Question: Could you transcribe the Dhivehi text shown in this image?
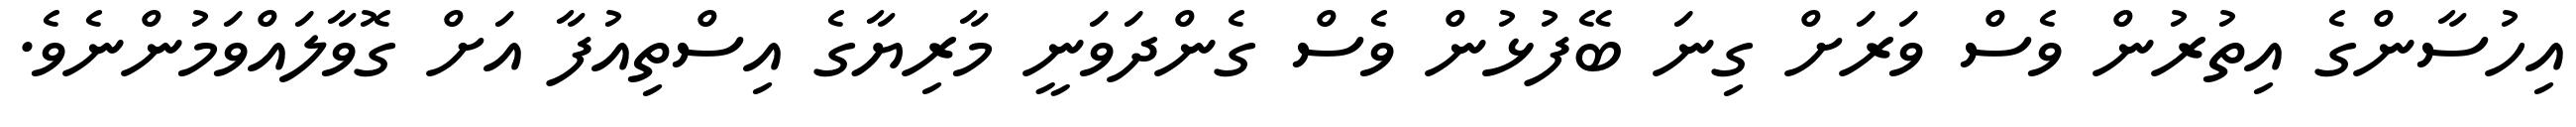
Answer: އިހުސާންގެ އިތުރުން ވެސް ވަރަށް ގިނަ ބޭފުޅުން ވެސް ގެންދަވަނީ މާރިޔާގެ އިސްތިއުފާ އަށް ގޮވާލައްވަމުންނެވެ.